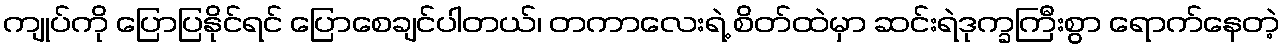
ကျုပ်ကို ပြောပြနိုင်ရင် ပြောစေချင်ပါတယ်၊ တကာလေးရဲ့ စိတ်ထဲမှာ ဆင်းရဲဒုက္ခကြီးစွာ ရောက်နေတဲ့